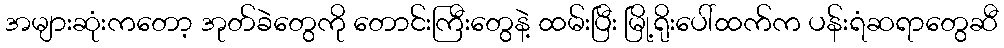
အများဆုံးကတော့ အုတ်ခဲတွေကို တောင်းကြီးတွေနဲ့ ထမ်းပြီး မြို့ရိုးပေါ်ထက်က ပန်းရံဆရာတွေဆီ